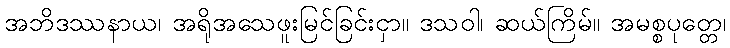
အဘိဒဿနာယ၊ အရိုအသေဖူးမြင်ခြင်းငှာ။ ဒသဝါ၊ ဆယ်ကြိမ်။ အမစ္စပုတ္တေ၊